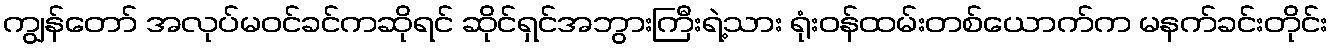
ကျွန်တော် အလုပ်မဝင်ခင်ကဆိုရင် ဆိုင်ရှင်အဘွားကြီးရဲ့သား ရုံးဝန်ထမ်းတစ်ယောက်က မနက်ခင်းတိုင်း